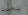
يحدث